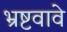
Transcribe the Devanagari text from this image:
भ्रष्टवावे